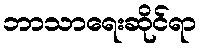
ဘာသာရေးဆိုင်ရာ